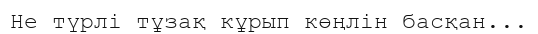
Не түрлі тұзақ кұрып көңлін басқан...